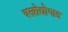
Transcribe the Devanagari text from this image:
वस्त्रोद्योगात